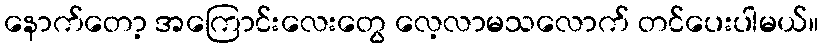
နောက်တော့ အကြောင်းလေးတွေ လေ့လာမသလောက် တင်ပေးပါမယ်။